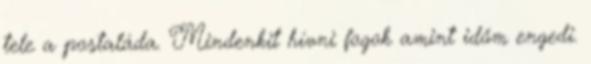
tele a postaláda. Mindenkit hívni fogok amint időm engedi.